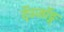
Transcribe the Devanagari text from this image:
दॅञ्जॉङ्ग